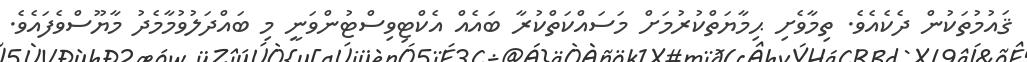
ޤައުމުތަކުން ދެކެއެވެ. ތިމާވެށި ޙިމާޔަތްކުރުމަށް މަސައްކަތްކުރާ ބައެއް އެކްޓިވިސްޓުންވަނީ މި ބައްދަލުވުމާމެދު މާޔޫސްވެފައެވެ.